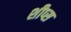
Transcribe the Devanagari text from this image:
शीप्स